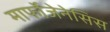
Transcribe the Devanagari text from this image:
मार्फोजेनेसिस